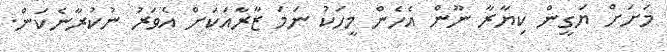
މަށަށް ޔަގީން ކިޔާރާ ނޫން އެހެން މީހަކު ނަމަ ޒާރާއަކަށް އެވަރު ނުކުރާނެކަން.